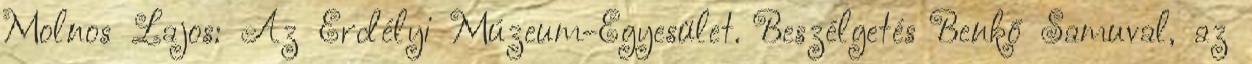
Molnos Lajos: Az Erdélyi Múzeum-Egyesület. Beszélgetés Benkő Samuval, az